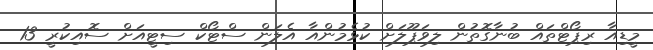
މީޑިއާ ރިޕޯޓްތައް ބުނާގޮތުން ލިވަޕޫލަށް ކުޅެމުންއާ އެލަން ސްޓޯކް ސިޓީއަށް ސޮއިކުރީ 13